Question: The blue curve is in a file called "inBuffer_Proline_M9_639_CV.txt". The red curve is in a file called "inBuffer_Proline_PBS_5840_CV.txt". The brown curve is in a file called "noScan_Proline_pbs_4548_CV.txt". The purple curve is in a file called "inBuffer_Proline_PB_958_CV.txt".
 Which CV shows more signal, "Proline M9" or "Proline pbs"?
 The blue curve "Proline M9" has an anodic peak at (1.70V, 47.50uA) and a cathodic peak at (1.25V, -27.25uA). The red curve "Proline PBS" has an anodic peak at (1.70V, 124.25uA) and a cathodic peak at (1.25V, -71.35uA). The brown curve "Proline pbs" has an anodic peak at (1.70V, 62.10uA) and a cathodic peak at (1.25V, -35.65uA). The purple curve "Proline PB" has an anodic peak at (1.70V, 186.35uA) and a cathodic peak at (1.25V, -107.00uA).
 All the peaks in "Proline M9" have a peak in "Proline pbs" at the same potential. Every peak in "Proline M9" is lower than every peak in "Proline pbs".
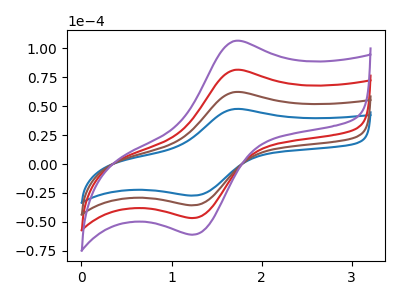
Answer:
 <answer>"Proline M9" has less signal than "Proline pbs".</answer>
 <eval>less_signal</eval>